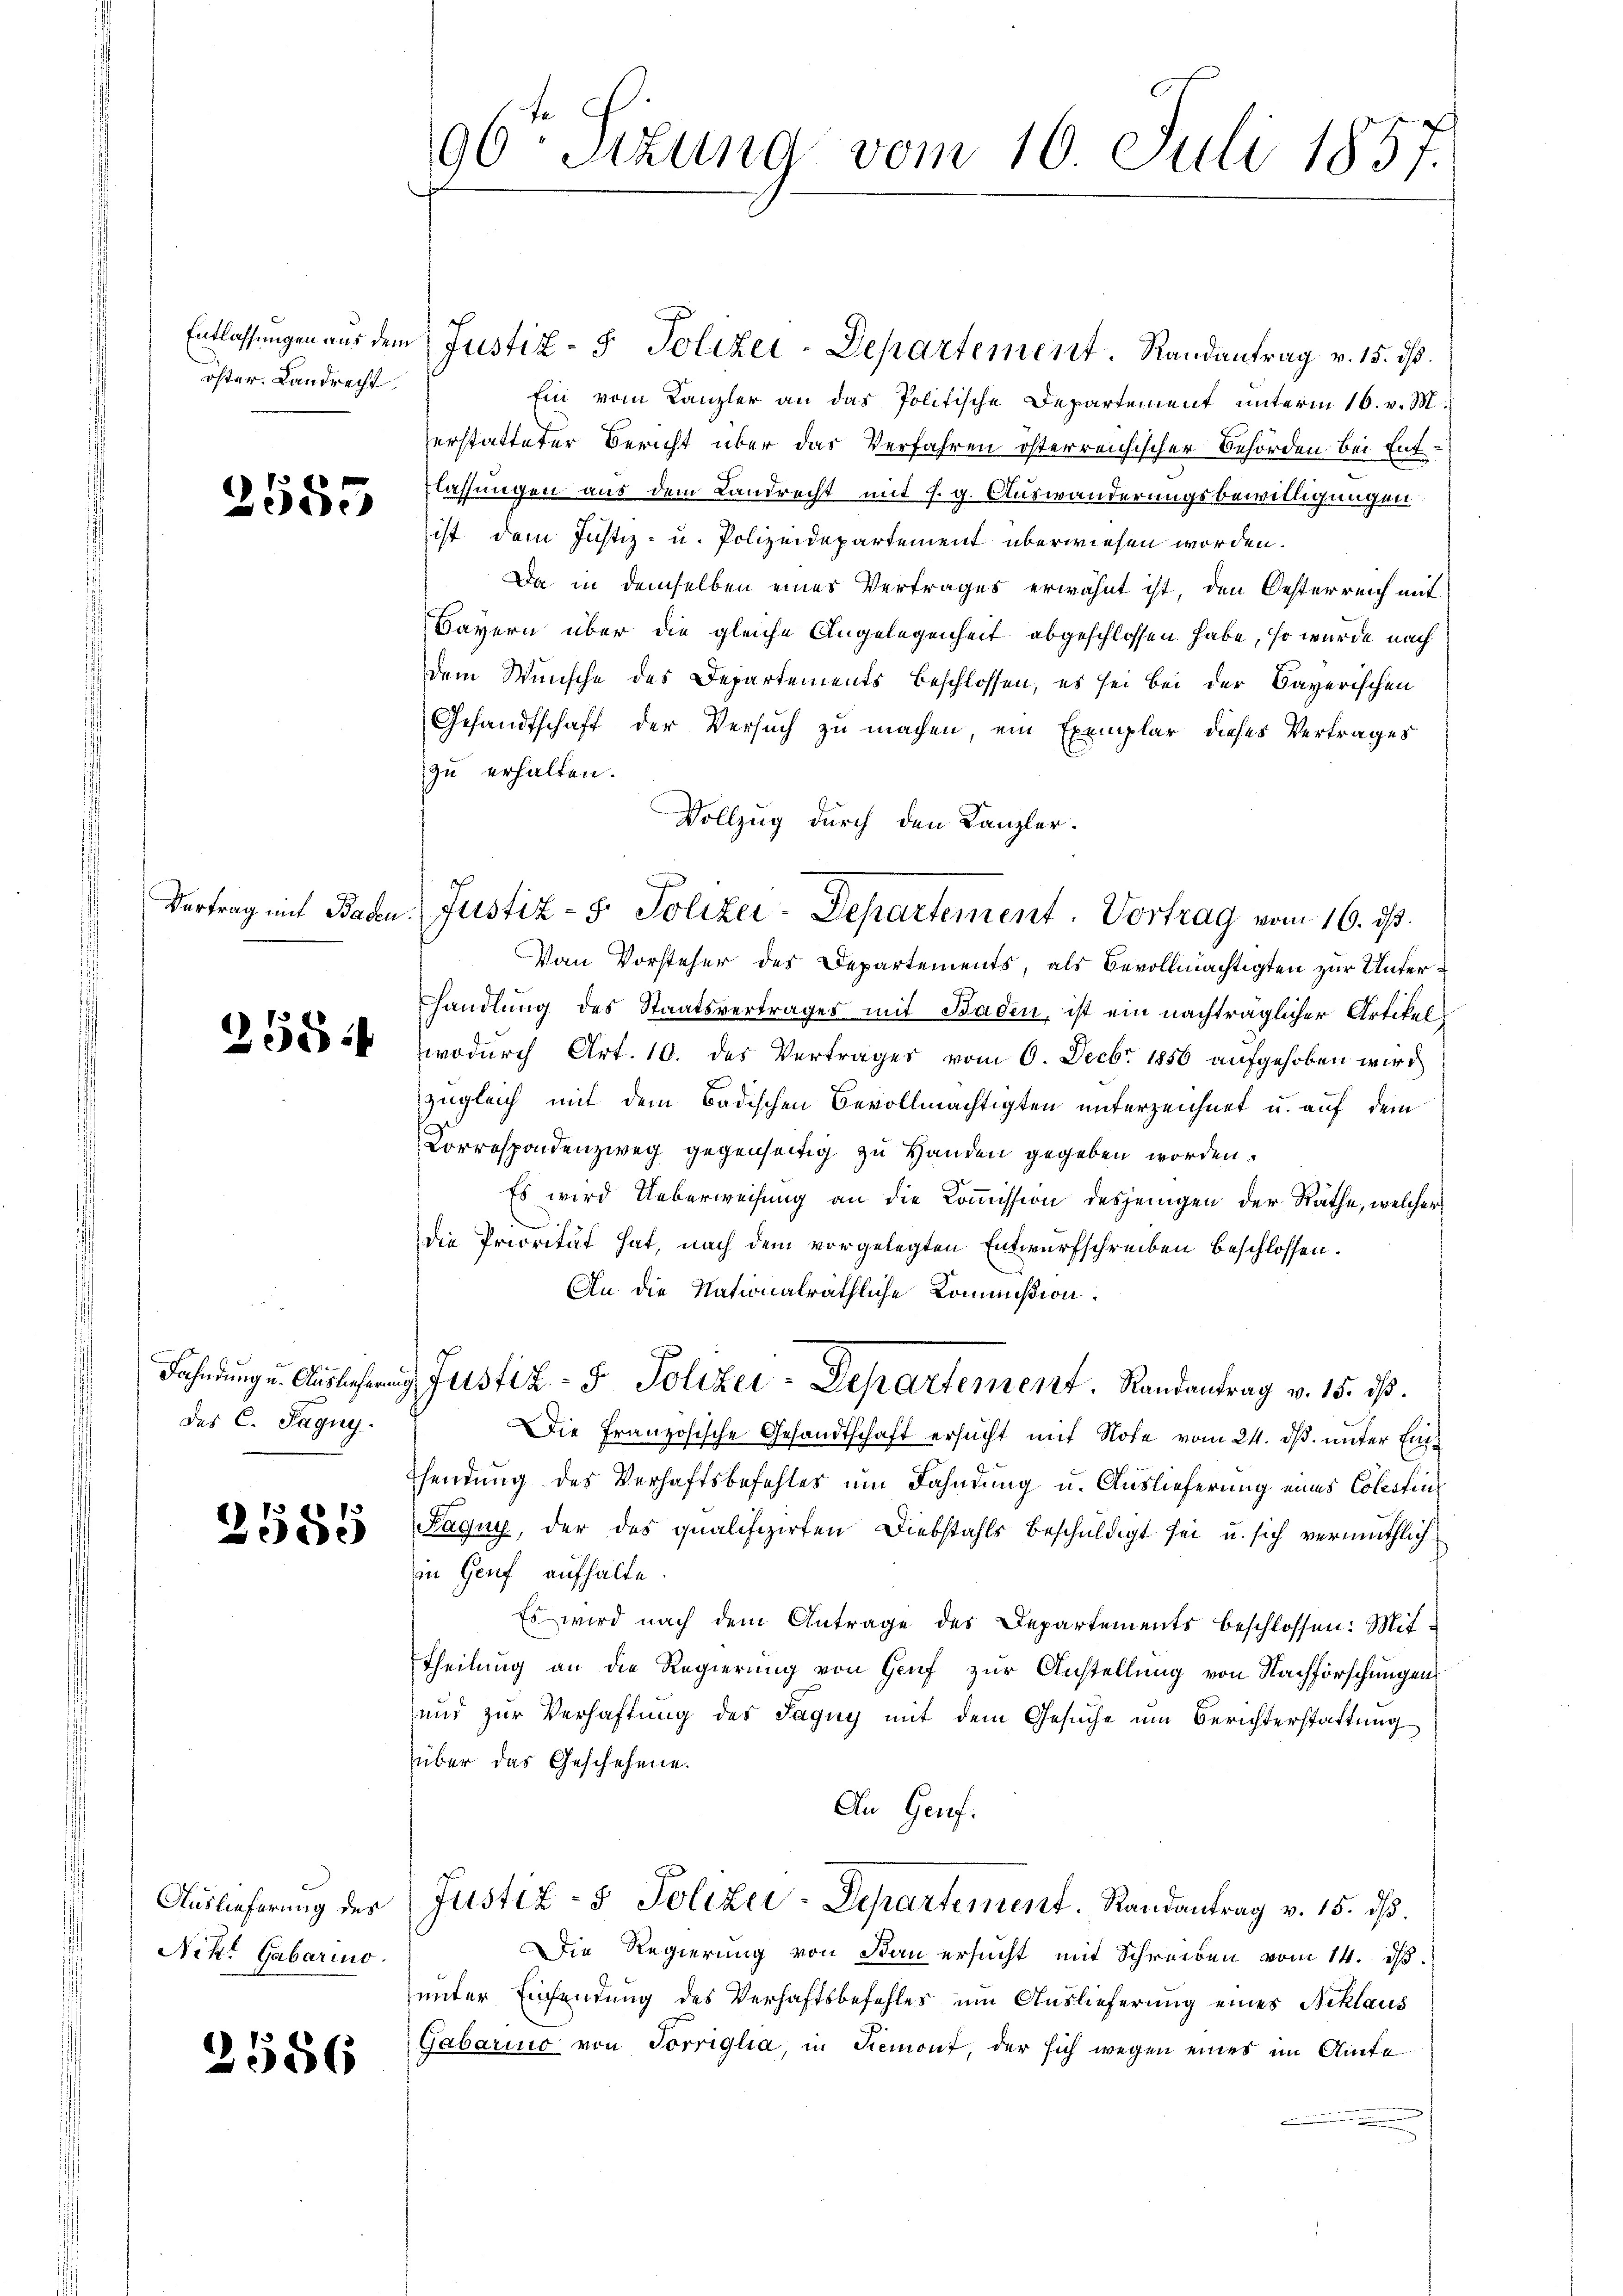
öster. Landrecht

2555

Vertrag mit Bad

258 f

des C. Pagny.

3555

Auslieferung des
Nikt Gabarino.

3586

96Sizung vom 10. Juli 1857.

Entlassungen aus dem Justiz- & Polizei-Departement. Randantrag v. 15. ds.
Ein vom Kanzler an das Politische Departement unterm 16. v. M.
erstatteter Bericht über das Verfahren österreichischer Behörden bei Ent¬
Klassungen aus dem Landrecht mit s. g. Auswanderungsbewilligungen
ist dem Justiz- u. Polizeidepartement überwiesen worden.
Da in demselben eines Vertrages erwähnt ist, den Oesterreich mit
Sayern über die gleiche Angelegenheit abgeschlossen habe, so wurde nach
dem Wunsche des Departements beschlossen, es sei bei der Bayerischen
Gesandtschaft der Versuch zu machen, ein Exemplar dieses Vertrages
zu erhalten.
Von Vorsteher des Departements, als Bevollmächtigten zur Unterhandlung des Staatsvertrages mit Baden, ist ein nachträglicher Artikelwodurch Art. 10. des Vertrages vom 6. Decbr. 1856 aufgehoben wird
zugleich mit dem Badischen Bevollmächtigten unterzeichnet u. auf dem
Correspondenzweg gegenseitig zu Handen gegeben worden.
Es wird Ueberweisung an die Commission desjenigen der Räthe, welcher
e
die Priorität hat, nach dem vorgelegten Entwurfschreiben beschlossen.
An die Nationalräthliche Kommißion
Fahndung u. Auslichen Justiz- & Polizei-Departement. Randantrag v. 15. ist.
DDie Französische Gesandtschaft ersucht mit Note vom 21. ds. unter Einsendung des Verhaftsbefehles um Fahndung u. Auslieferung eines Colestin¬
Raguy, der das qualifizirten Diebstahls beschuldigt sei u. sich vermuthlichin Genf aufhalte.
Es wird nach dem Antrage des Departements beschlossen: Mit-
Theilung an die Regierung von Genf zur Anstellung von Nachforschungen
und zur Verhaftung des Saguy mit dem Gesŭche ŭm Berichterstattung
über das Geschehene
An Genf.
Justiz- & Polizei-Departement. Randantrag v. 15. dß.
Die Regierung von San ersucht mit Schreiben vom 14. ds.
unter Einsendung des Verhaftsbefehles um Auslieferung eines Schlaus
Gabarino von Torriglia, in Piemont, der sich wegen eines im Amte

Vollzug durch den Kanzler.
u. Justiz- & Polizei-Departement. Vortrag vom 16. ds.